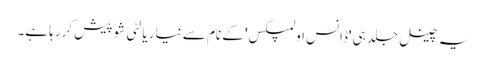
یہ چینل جلد ہی 'ڈانس اولمپکس' کے نام سے نیا ریالٹی شو پیش کررہا ہے۔